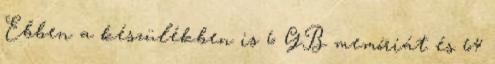
Ebben a készülékben is 6 GB memóriát és 64